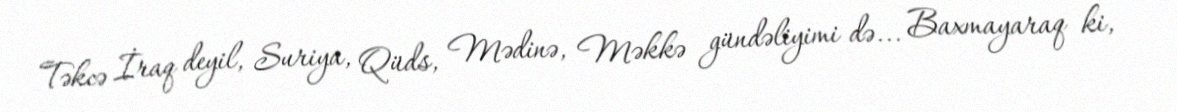
Təkcə İraq deyil, Suriya, Qüds, Mədinə, Məkkə gündəliyimi də... Baxmayaraq ki,